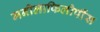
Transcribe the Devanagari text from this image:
मनीलाफिलीपींस